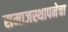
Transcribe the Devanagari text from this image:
समाजस्थापनेचा